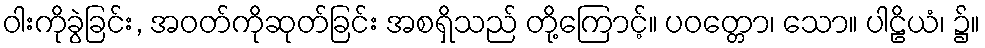
ဝါးကိုခွဲခြင်း, အဝတ်ကိုဆုတ်ခြင်း အစရှိသည် တို့ကြောင့်။ ပဝတ္တော၊ သော။ ပါဠိယံ၊ ၌။